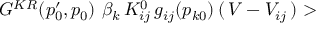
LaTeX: G ^ { K R } ( p _ { 0 } ^ { \prime } , p _ { 0 } ) \, \, \beta _ { k } \, K _ { i j } ^ { 0 } \, g _ { i j } ( p _ { k 0 } ) \, ( \, V - V _ { i j } \, ) >